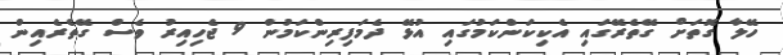
ހޭލާ ގޮތަށް ގޭތެރޭގައި އެކިކަންކަމުގައި އުޅޭ ދެމަފިރިންކަމުން 9 ޖެހިއިރު ވެސް ގޭތެރެއިން